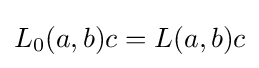
\displaystyle {L_{0}(a,b)c=L(a,b)c}